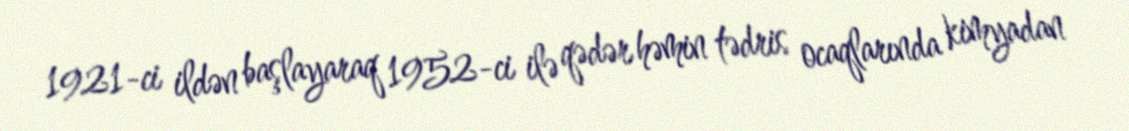
1921-ci ildən başlayaraq 1952-ci ilə qədər həmin tədris ocaqlarında kimyadan